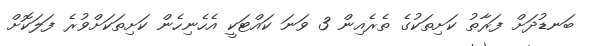
ބަނޑުދަށް ފަރާތު ކަށިތަކުގެ ތެރެއިން 3 ވަނަ ކައްޓަކީ އެހެނިހެން ކަށިތަކަށްވުރެ ފަލަކޮށް